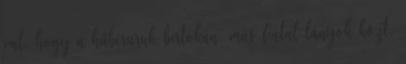
val, hogy a hűbéruruk birtokán, más fiatal lányok közt,